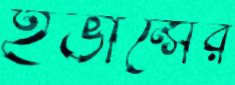
ইভান্সের